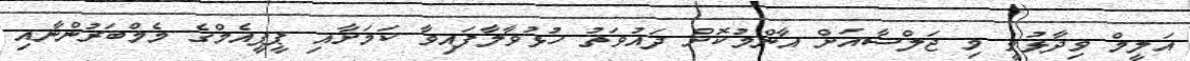
އަލީމް ވިދާޅުވީ މި ޖަލްސާއަށް އާންމުކޮށް ދައުވަތު ހުޅުވާލާފައިވާ ކަމަށާއި ޕީޕީއެމްގެ މެމްބަރުންނާއި